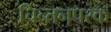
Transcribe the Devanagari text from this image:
चिन्तनपरक